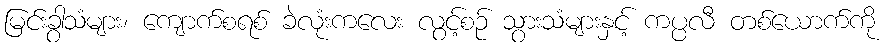
မြင်းခွာသံများ၊ ကျောက်စရစ် ခဲလုံးကလေး လွင့်စဉ် သွားသံများနှင့် ကပ္ပလီ တစ်ယောက်ကို